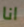
انا